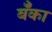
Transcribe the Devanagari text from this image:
बॅँका